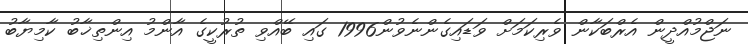
ނަޖްމުއްދީން އެރްބަކާން ވެރިކަމަށް ވަޑައިގެންނެވުން1996 ގައި ބޭއްވި ތުރުކީގެ އާންމު އިންތިޚާބު ކާމިޔާބު